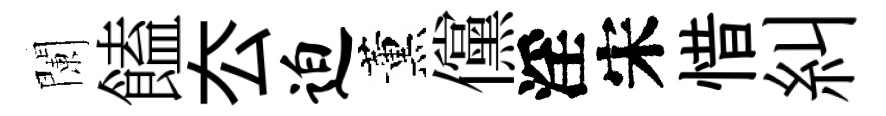
闌饁厺迫薰儻淫宋惜糾